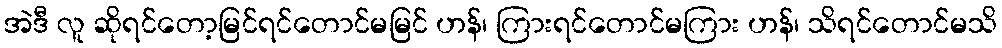
အဲဒီ လူ ဆိုရင်တော့မြင်ရင်တောင်မမြင် ဟန်၊ ကြားရင်တောင်မကြား ဟန်၊ သိရင်တောင်မသိ